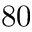
8 0